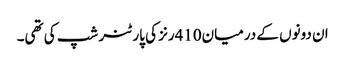
ان دونوں کے درمیان410رنز کی پارٹنر شپ کی تھی۔